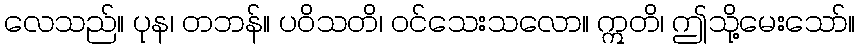
လေသည်။ ပုန၊ တဘန်။ ပဝိသတိ၊ ဝင်သေးသလော။ ဣတိ၊ ဤသို့မေးသော်။